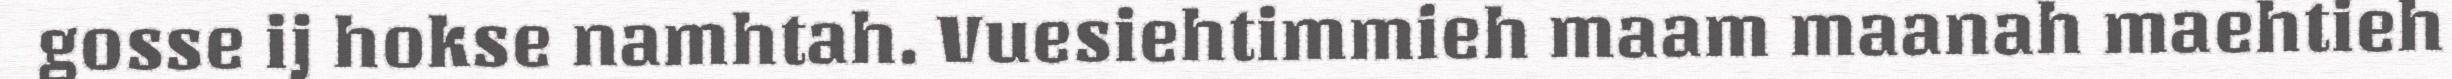
gosse ij hokse namhtah. Vuesiehtimmieh maam maanah maehtieh